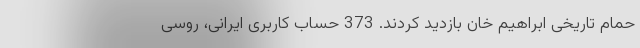
حمام تاریخی ابراهیم خان بازدید کردند. 373 حساب کاربری ایرانی، روسی